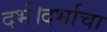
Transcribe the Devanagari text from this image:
दर्भ।दर्भाचा